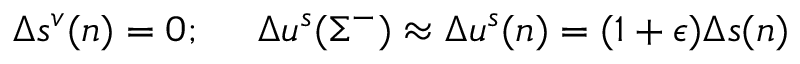
\Delta s ^ { v } ( n ) = 0 ; ~ ~ ~ ~ \Delta u ^ { s } ( \Sigma ^ { - } ) \approx \Delta u ^ { s } ( n ) = ( 1 + \epsilon ) \Delta s ( n )